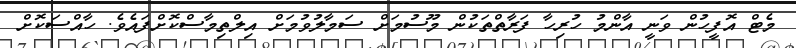
މެޓް އޮފީހުން ވަނީ އާންމު ހުރިހާ ފަރާތްތަކުން މޫސުމަށް ސަމާލުވުމަށް އިލްތިމާސްކޮށްފައެވެ. ހާއްސަކޮށް